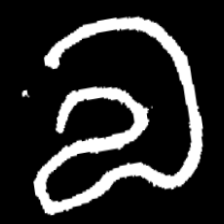
Pyu character \u2014 Myanmar letter: လ (romanized: la)